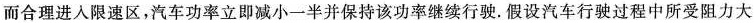
而合理进人限速区，汽车功率立即减小一半并保持该功率继续行驶。假设汽车行驶过程中所受阻力大